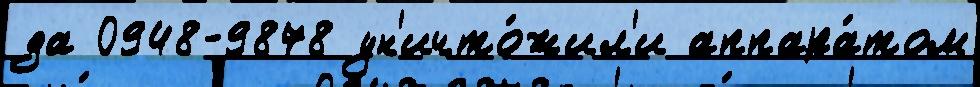
да 0948-9878 ун'ичто́жил'и аппара́том